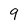
Character: 9